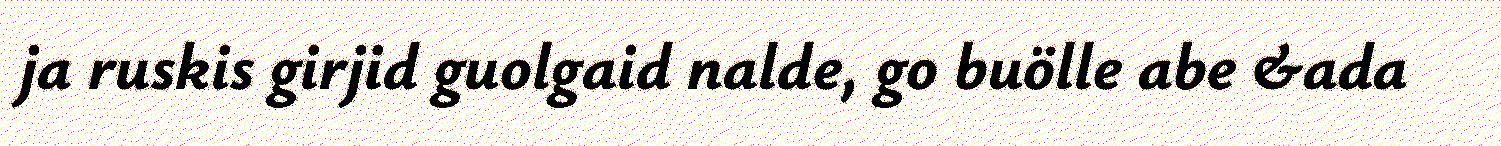
ja ruskis girjid guolgaid nalde, go buölle abe &ada